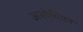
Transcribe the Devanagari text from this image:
असोसिएन